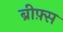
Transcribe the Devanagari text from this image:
ब्रीफ़्स